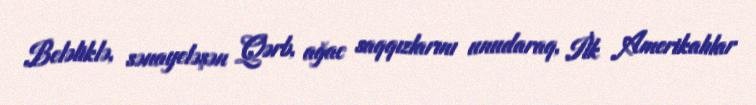
Beləliklə, sənayeləşən Qərb, ağac saqqızlarını unudaraq, İlk Amerikalılar